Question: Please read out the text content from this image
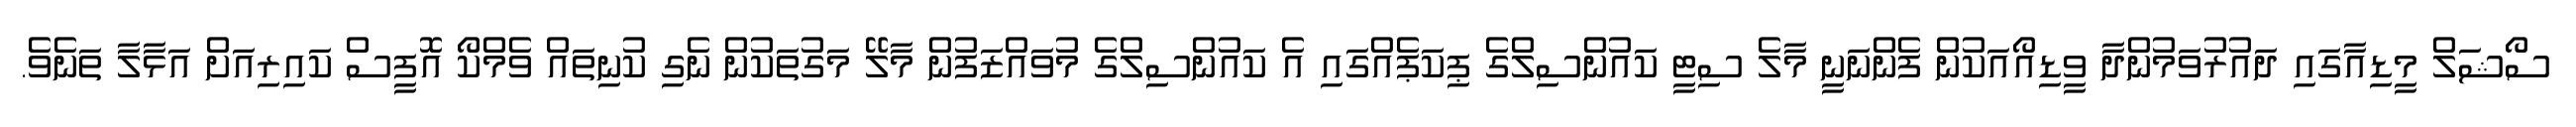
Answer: ސޯޝަލް މީޑިއާގައި ދައުރުވަމުންދާ ވީޑިއޯއަކުން ފެންނަނީ މާލެ ސިޓީ ކައުންސިލްގެ ޕިކަޕެއްގައި އެ ކައުންސިލްގެ މުވައްޒަފުން މާލޭ މަގުތަކުން ނެގި ކުނިތައް ވެމްކޯ އޮފީސް ކައިރިއަށް އަޅާލާ ތަނެވެ.